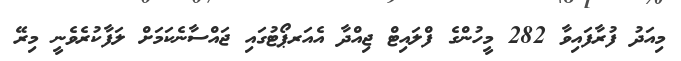
މިއަދު ފުރާފައިވާ 282 މީހުންގެ ފްލައިޓް ޖިއްދާ އެއަރޕޯޓުގައި ޖައްސާނެކަމަށް ލަފާކުރެވެނީ މިރޭ